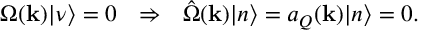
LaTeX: \Omega ( { \bf k } ) | \nu \rangle = 0 \ \ \Rightarrow \ \ \hat { \Omega } ( { \bf k } ) | n \rangle = a _ { Q } ( { \bf k } ) | n \rangle = 0 .